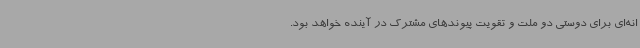
انه‌ای برای دوستی دو ملت و تقویت پیوندهای مشترک در آینده خواهد بود.